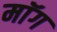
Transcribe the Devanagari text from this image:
माॅग